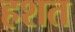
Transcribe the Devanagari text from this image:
हशत